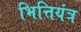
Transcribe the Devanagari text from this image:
भित्तियंत्र